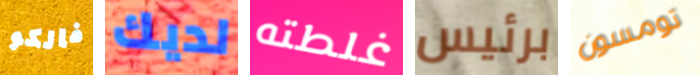
فالكو لديك غلطته برئيس تومسون